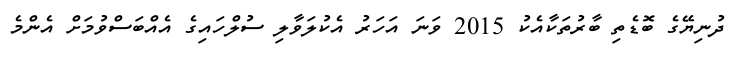
ދުނިޔޭގެ ބޮޑެތި ބާރުތަކާއެކު 2015 ވަނަ އަހަރު އެކުލަވާލި ސުލްހައިގެ އެއްބަސްވުމަށް އެންމެ